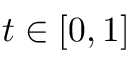
t \in [ 0 , 1 ]